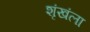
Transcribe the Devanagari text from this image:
शृंखंला